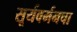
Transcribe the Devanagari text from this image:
सूर्यवर्मनचा